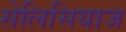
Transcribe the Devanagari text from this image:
सेलिसियाज